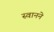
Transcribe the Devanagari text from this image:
स्वानने